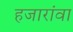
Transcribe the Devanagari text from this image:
हजारांवा